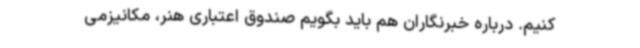
‌کنیم. درباره خبرنگاران هم باید بگویم صندوق اعتباری هنر، مکانیزمی